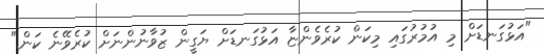
"އަޅުގަނޑަށް މި އުމުރުގައި މިކަން ކުރެވެންޏާ އަޅުގަނޑަށް ޔަގީން ޒުވާނުންނަށް ކުރެވޭނެ ކަން."